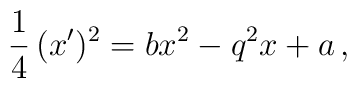
\frac{1}{4}\,(x')^2=bx^2-q^2x+a\,,